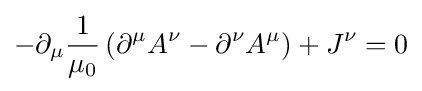
-\partial _{\mu }{\frac {1}{\mu _{0}}}\left(\partial ^{\mu }A^{\nu }-\partial ^{\nu }A^{\mu }\right)+J^{\nu }=0